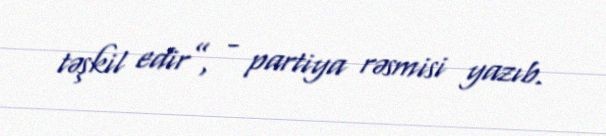
təşkil edir”, - partiya rəsmisi yazıb.